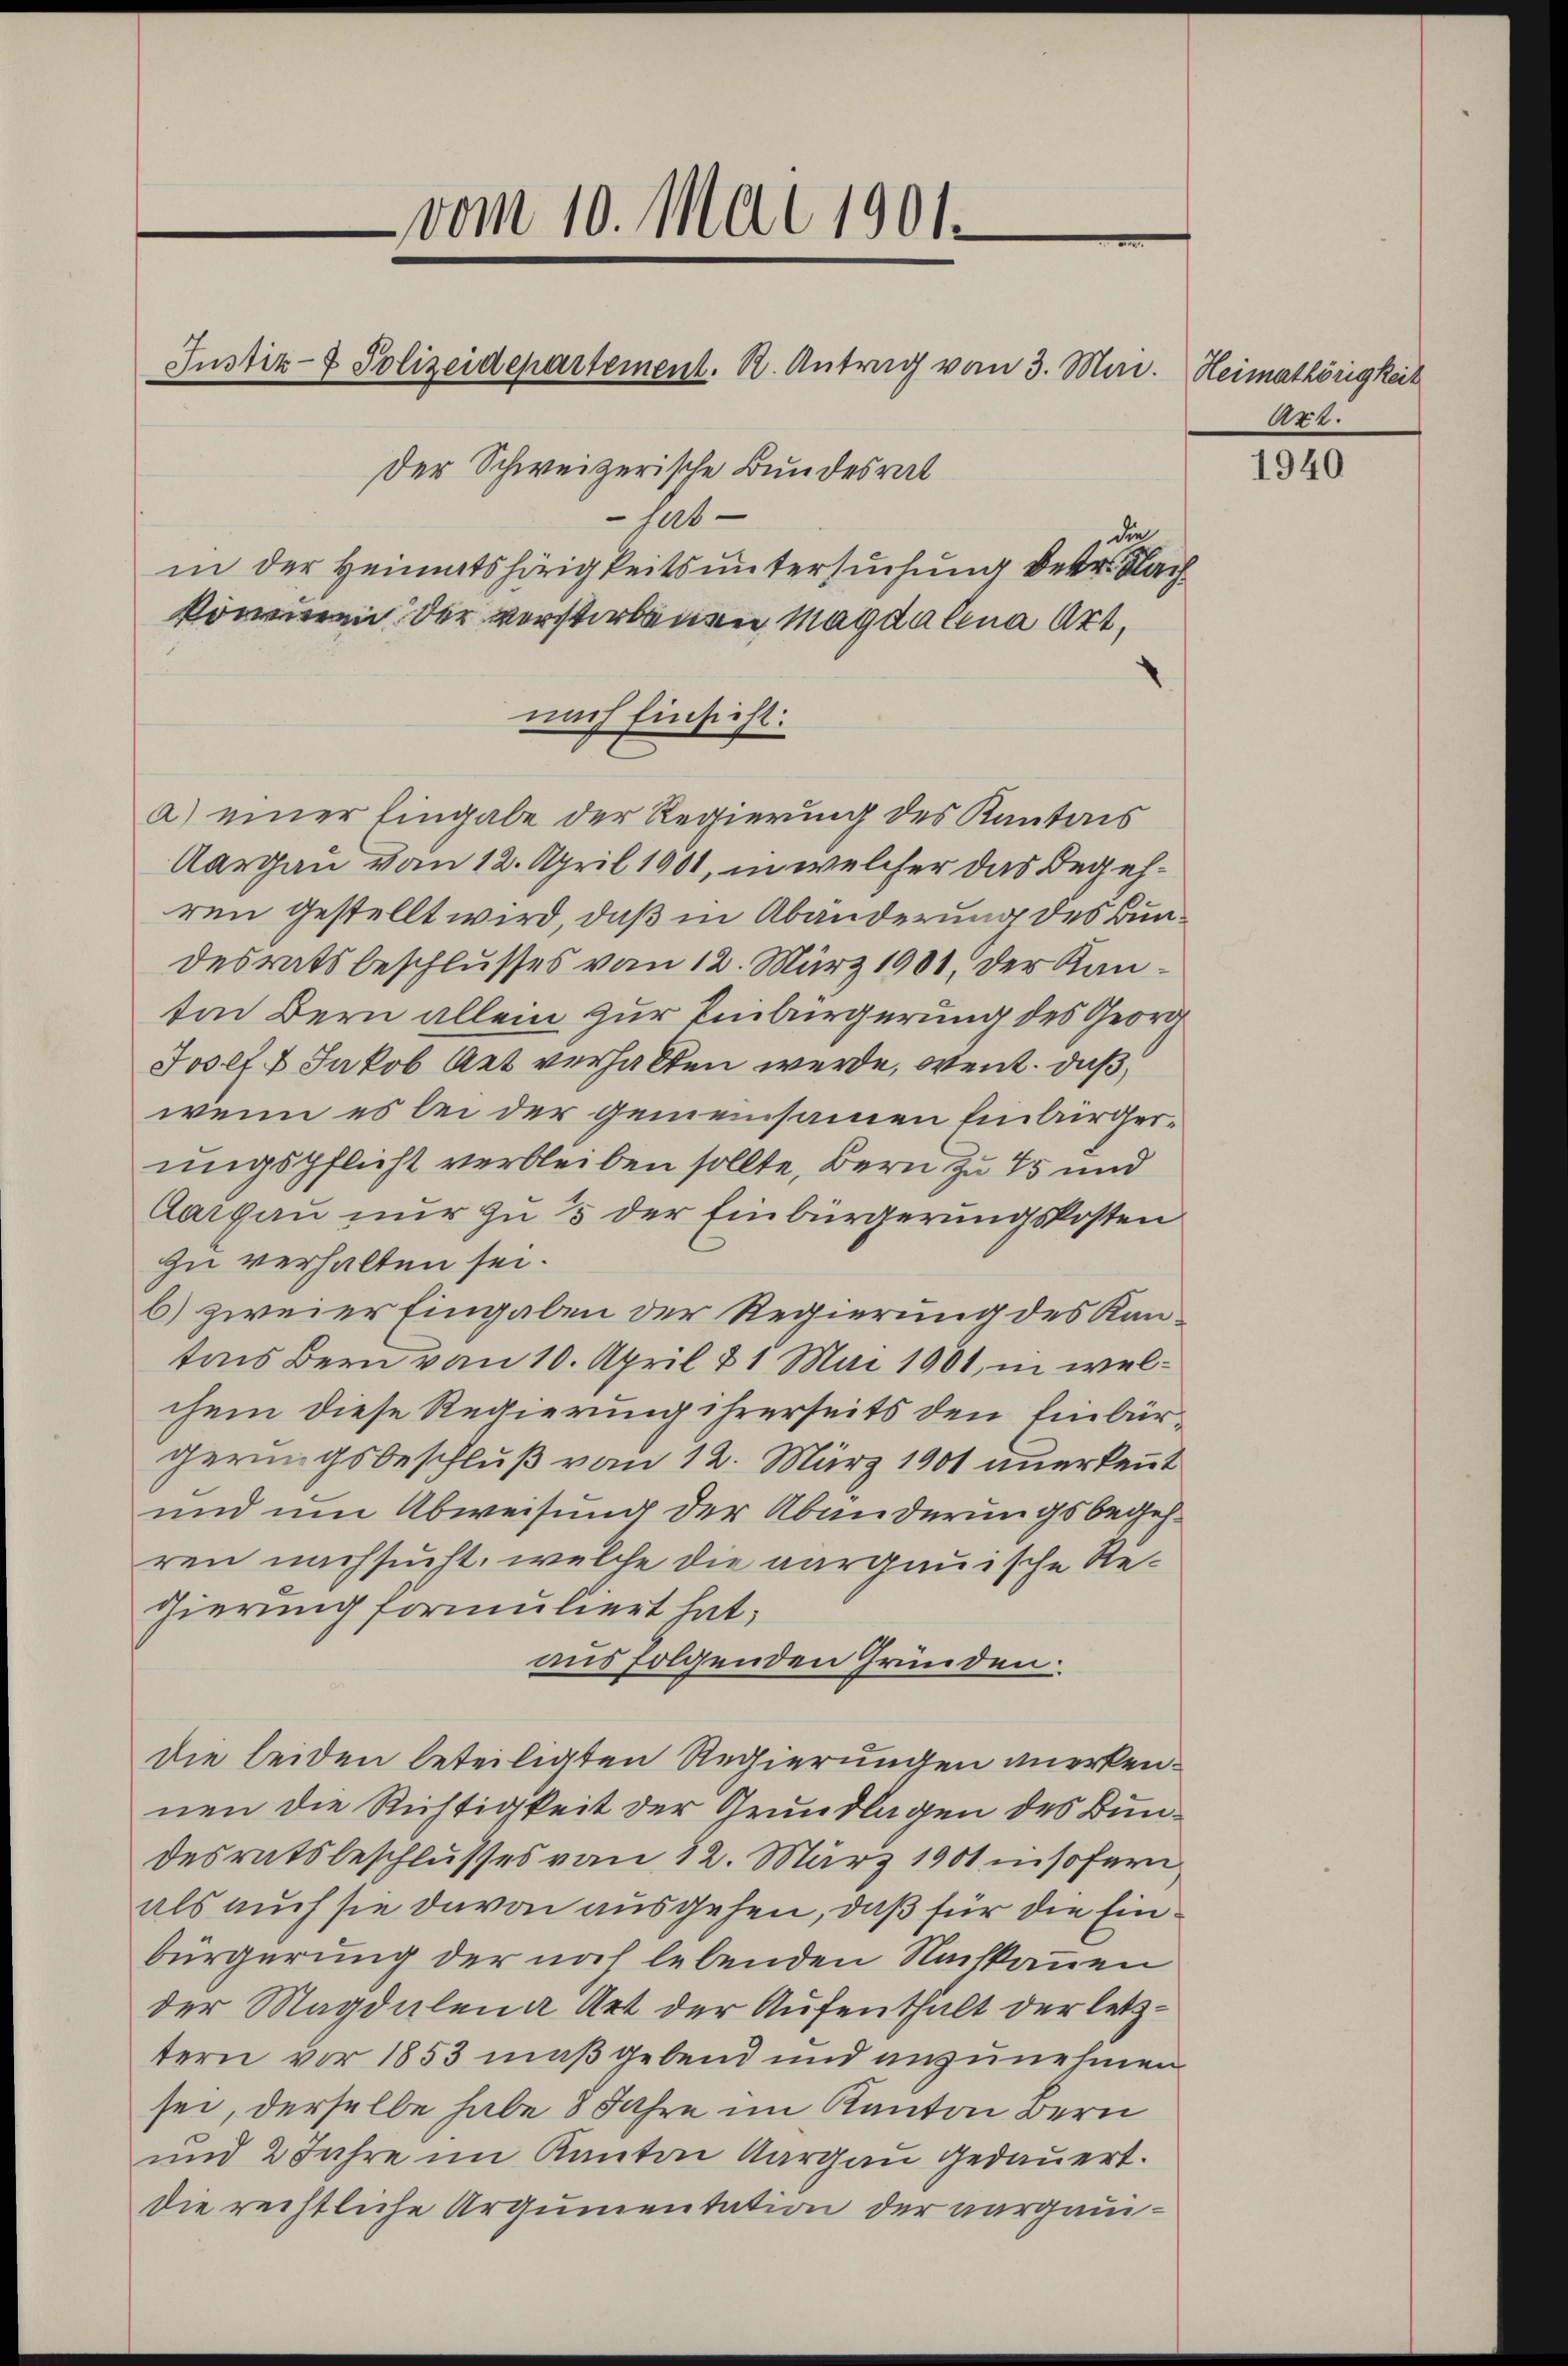
Der Schweizerische Bundesrat
hatin der Heimatshörigkeitsuntersuchung der Nach
kommen der verstorbenen Magdalena Art,

vom 10. Mai 1901.

Justiz- & Polizeidepartement. R. Antrag vom 3. Mai. Heimathörigkeit

nach Einsicht:

die
a) einer Eingabe der Regierung des Kantons
Aargau vom 12. April 1901, in welcher das Begehren gestellt wird, daß in Abänderung des Bundesrats beschlusses vom 12. März 1901, der Kanten Bern allein zur Einbürgerung des Georde
Josef & Jakob Aet verhalten werde, went, daß,
wenn es bei der gemeinsamen Einbürgerungspflicht verbleiben sollte, Bern zu 45 und
Aargau nur zu 5 der Einbürgerungskosten
zu verhalten sei.
b) zweier Eingaben der Regierung des Kantons Bern vom 10. April 1 Mai 1901, in welchem diese Regierung ihrerseits den Einbürgerungsbeschluß vom 12. März 1901 anerkannt
und um Abweisung der Abänderungsbegehren nachsucht, welche die aargauische Regierung formuliert hat;
aus folgenden Gründen.
die leiden beteiligten Regierungen anerkennen die Richtigkeit der Grundlagen des Bundesratsbeschlusses von 12. März 1901 insofern
als auch sie davon ausgehen, daß für die Einbürgerung der noch lebenden Nachkommen
der Magdalena Art der Aufenthalt der letztern vor 1853 maßgebend und anzunehmen
sei, derselbe habe 8 Jahre im Kanton Bern
und 2 Jahre im Kanton Aargau gedauert.
die rechtliche Argumentation der aargaui¬

Act.

1940